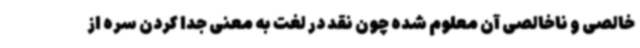
خالصی و ناخالصی آن معلوم شده چون نقد در لغت به معنی جدا کردن سره از